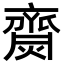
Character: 齌